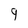
Character: 9